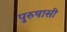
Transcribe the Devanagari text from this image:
पुरुषासी